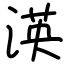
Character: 渶